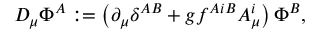
D _ { \mu } { \mit \Phi } ^ { A } : = \left( \partial _ { \mu } \delta ^ { A B } + g f ^ { A i B } A _ { \mu } ^ { i } \right) { \mit \Phi } ^ { B } ,